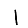
Digit: 1